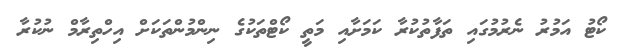
ކޯޓު އަމުރު ނެރުމުގައި ތަފާތުކުރާ ކަމަށާއި މަތީ ކޯޓްތަކުގެ ނިންމުންތަކަށް އިހްތިރާމް ނުކުރާ